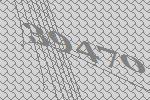
39470